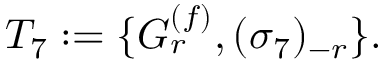
T _ { 7 } : = \{ G _ { r } \sp { ( f ) } , ( \sigma _ { 7 } ) \sb { - r } \} .